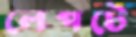
লেপটে